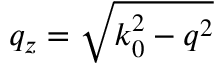
q _ { z } = \sqrt { k _ { 0 } ^ { 2 } - q ^ { 2 } }